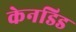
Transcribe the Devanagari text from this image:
केनडिड